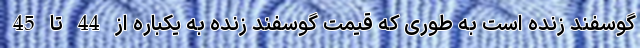
گوسفند زنده است به طوری که قیمت گوسفند زنده به یکباره از 44 تا 45